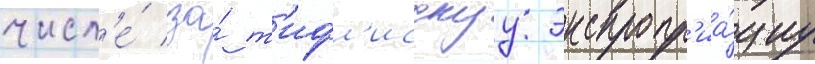
числ'е́ за́ т'ифл'исскуу экспропр'иа́циу